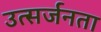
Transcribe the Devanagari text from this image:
उत्सर्जनता